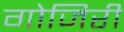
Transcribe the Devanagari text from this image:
गोजिरी